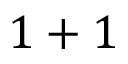
1 + 1